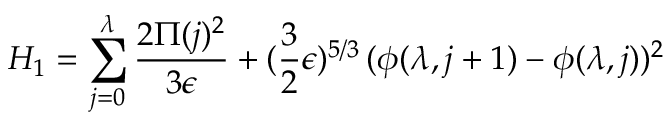
H _ { 1 } = \sum _ { j = 0 } ^ { \lambda } { \frac { 2 \Pi ( j ) ^ { 2 } } { 3 \epsilon } } + ( { \frac { 3 } { 2 } } \epsilon ) ^ { 5 / 3 } \, ( \phi ( \lambda , j + 1 ) - \phi ( \lambda , j ) ) ^ { 2 }